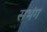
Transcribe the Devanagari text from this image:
सभंग